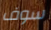
سوف